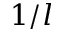
1 / l